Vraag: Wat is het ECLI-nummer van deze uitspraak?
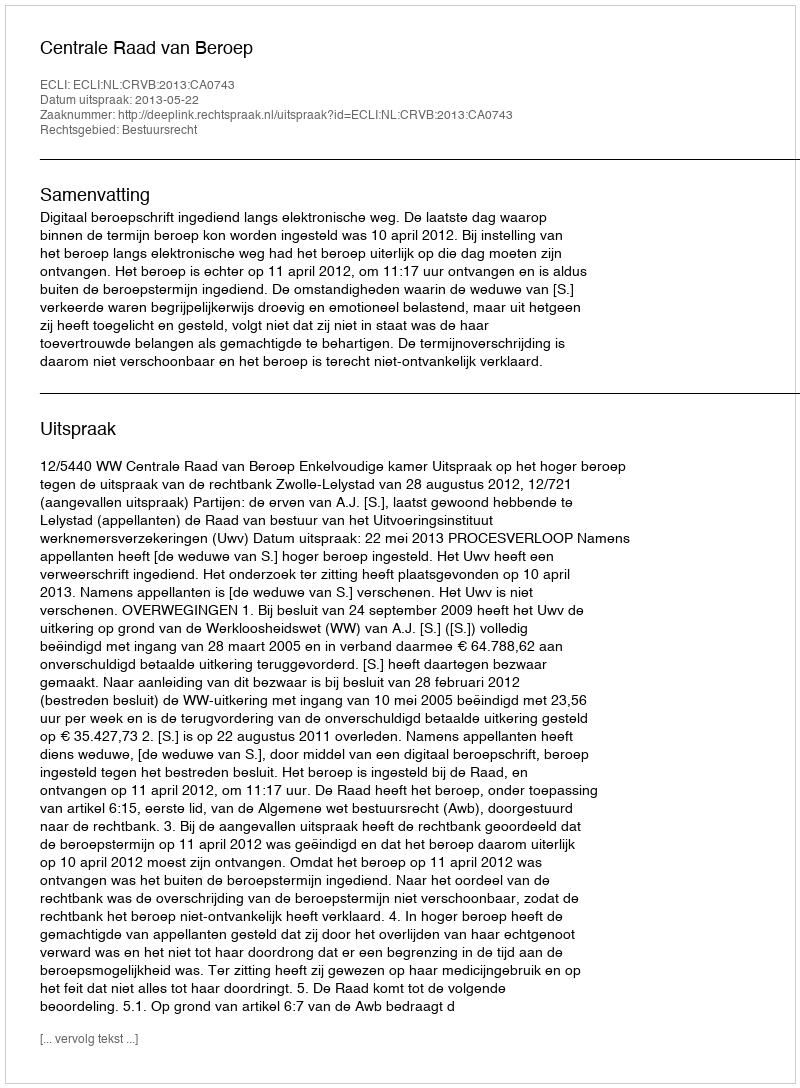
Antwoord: ECLI:NL:CRVB:2013:CA0743